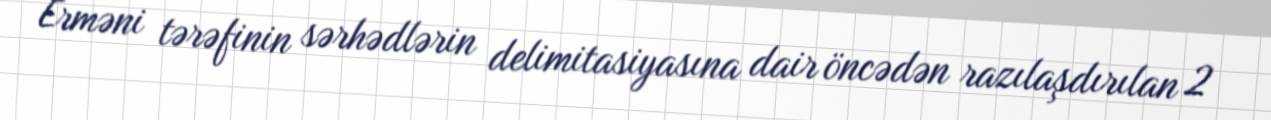
Erməni tərəfinin sərhədlərin delimitasiyasına dair öncədən razılaşdırılan 2